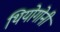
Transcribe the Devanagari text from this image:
थियोगोनी